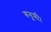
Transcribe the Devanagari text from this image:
रुनूमी।